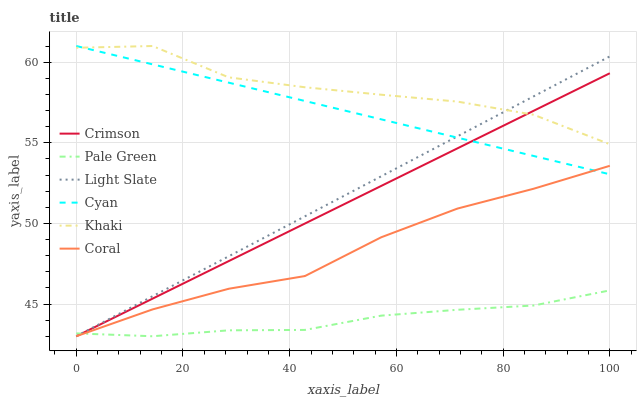
| xaxis_label | Crimson | Pale Green | Light Slate | Cyan | Khaki | Coral |
 | --- | --- | --- | --- | --- | --- | --- |
 | 0 | 43 | 43.2 | 43 | 61 | 60.9 | 43 |
 | 14.3 | 45.3 | 43 | 45.5 | 59.9 | 61 | 44.7 |
 | 28.6 | 47.7 | 43.4 | 48 | 58.7 | 59.1 | 45.9 |
 | 42.9 | 50 | 43.4 | 50.4 | 57.6 | 58.4 | 46.7 |
 | 57.1 | 52.3 | 44.3 | 52.9 | 56.5 | 58 | 49.1 |
 | 71.4 | 54.7 | 44.6 | 55.4 | 55.3 | 57.6 | 50.9 |
 | 85.7 | 57 | 44.9 | 57.9 | 54.2 | 56.7 | 52.1 |
 | 100 | 59.3 | 45.8 | 60.4 | 53 | 54.9 | 53.6 |